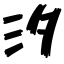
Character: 汐